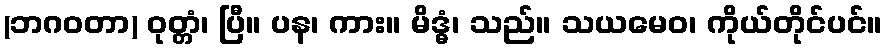
(ဘဂဝတာ) ဝုတ္တံ၊ ပြီ။ ပန၊ ကား။ မိဒ္ဓံ၊ သည်။ သယမေဝ၊ ကိုယ်တိုင်ပင်။